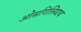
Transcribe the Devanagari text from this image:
ओसगिलियाथ